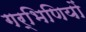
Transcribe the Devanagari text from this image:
गर्भिणियों